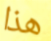
هذا